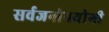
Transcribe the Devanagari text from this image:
सर्वजनाेपयाेगी